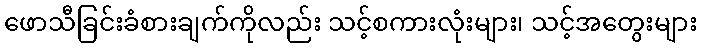
ဖောသီခြင်းခံစားချက်ကိုလည်း သင့်စကားလုံးများ၊ သင့်အတွေးများ